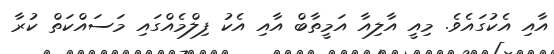
އާއި އެކުގައެވެ. މިއީ އާލިއާ އަމީތާބް އާއި އެކު ފިލްމެއްގައި މަސައްކަތް ކުރާ